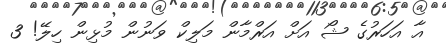
އާ އަހަރުގެ ޝޯ އަށް އަރްމާން މަލިކް ވަނުން މުޅިން ހިލޭ! 3